Annual report on the Civil Veterinary Department, Burma (including the Insein Veterinary School) - 1932-1941
Year: 1932
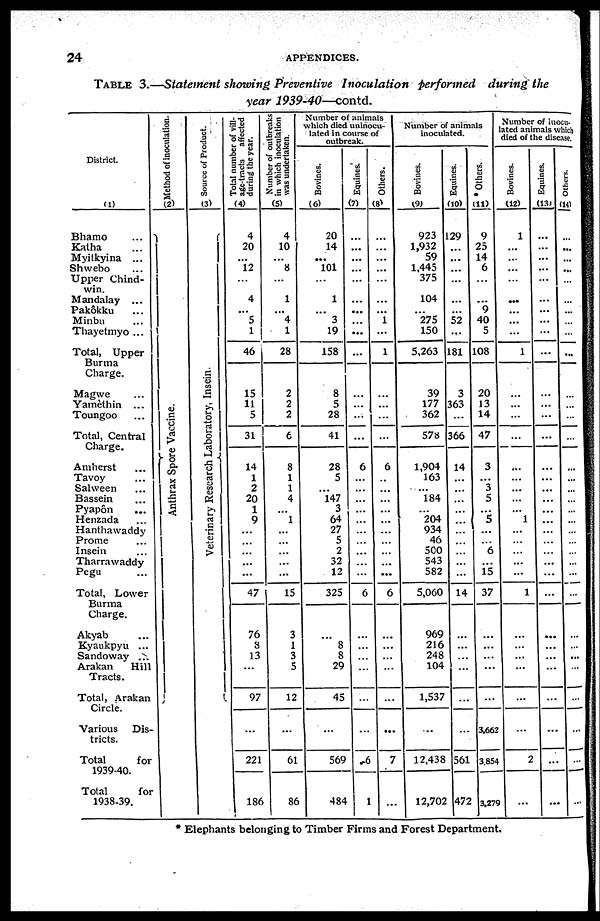
24
APPENDICES.
TABLE 3.—Statement showing Preventive Inoculation performed during the
year 1939-40—contd.
District.
(1)
Bhamo
...
Katha ...
Myitkyina ...
Shwebo ...
Upper Chind-
win.
Mandalay ...
Pakôkku ...
Minbu ...
Thayetmyo ...
Total, Upper
Burma
Charge.
Magwe ...
Yamèthin ...
Toungoo ...
Total, Central
Charge.
Amherst
Tavoy ...
Salween ...
Bassein ...
Pyapôn ...
Henzada ...
Hanthawaddy
Prome ...
Insein ...
Tharrawaddy
Pegu
Total, Lower
Burma
Charge.
Akyab ...
Kyaukpyu ...
Sandoway ...
Arakan
Hill
Tracts.
Total, Arakan
Circle.
Various Dis-
tricts.
Total
for
1939-40.
Total
for
1938-39.
Method of inoculation.
(2)
Anthrax Spor e Va c c i
ne .
Source of Product.
(3)
Veterinary Research Laboratory, Insein.
Total number of vill-
age-tracts affected
during the year.
(4)
4
20
...
12
...
4
5
1
46
15
11
5
31
14
1
2
20
1
9
...
...
...
...
...
47
76
3
13
...
97
...
221
186
Number of outbreaks
in which inoculation
was undertaken.
(5)
4
10
...
8
...
1
4
1
28
2
2
2
6
8
1
1
4
...
1
...
...
...
...
...
15
3
1
3
5
12
...
61
86
Number of animals
which died uninocu-
lated in course of
outbreak.
Bovines.
(6)
20
14
...
101
...
1
3
19
158
8
5
28
41
28
5
...
147
3
64
27
5
2
32
12
325
...
8
8
29
45
...
569
484
Equines.
(7)
...
...
...
...
...
...
...
...
...
...
...
...
...
6
...
...
...
...
...
...
...
...
...
...
6
...
...
...
...
...
...
6
1
Others.
(8)
...
...
...
...
...
...
i
...
1
...
...
...
...
6
...
...
...
...
...
...
...
...
...
...
6
...
...
...
...
...
...
7
...
Number of animals
inoculated.
Bovines.
(9)
923
1,932
59
1,445
375
104
275
150
5,263
39
177
362
57a
1,904
163
...
184
...
204
934
46
500
543
582
5,060
969
216
248
104
1,537
...
12,438
12,702
Equines.
(10)
29
...
...
...
...
...
52
...
181
3
363
...
366
14
...
...
...
...
...
...
...
...
...
...
14
...
...
...
...
...
...
561
472
* Others.
(11)
9
25
14
6
...
9
40
5
108
20
13
14
47
3
...
3
5
...
5
6
...
15
37
...
...
...
...
...
3,662
3,854
3,.279
Number of inocu-
lated animals which
died of the disease.
Bovines.
(12)
1
...
...
...
...
...
...
...
1
...
...
...
...
...
...
...
...
...
1
...
...
...
...
...
1
...
...
...
...
...
...
2
...
Equines.
(13)
...
...
...
...
...
...
...
...
...
...
...
...
...
...
...
...
...
...
...
...
...
...
...
...
...
...
...
...
...
...
...
...
...
Others.
14
...
...
...
...
...
...
...
...
...
...
...
...
...
...
...
...
...
...
...
...
...
...
...
...
...
...
...
...
...
...
...
...
...
* Elephants belonging to Timber Firms and Forest Department.